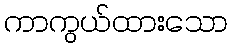
ကာကွယ်ထားသော